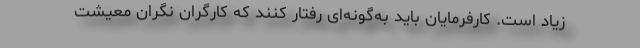
زیاد است. کارفرمایان باید به‌گونه‌ای رفتار کنند که کارگران نگران معیشت